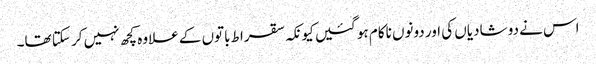
اس نے دو شادیاں کی اور دونوں ناکام ہو گئیں کیونکہ سقراط باتوں کے علاوہ کچھ نہیں کر سکتا تھا۔